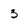
Character: 3